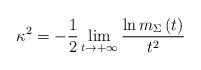
LaTeX: \begin{align*}\kappa^{2}=-\frac{1}{2}\lim_{t\rightarrow+\infty}\frac{\ln m_{\Sigma}\left(t\right) }{t^{2}} \end{align*}